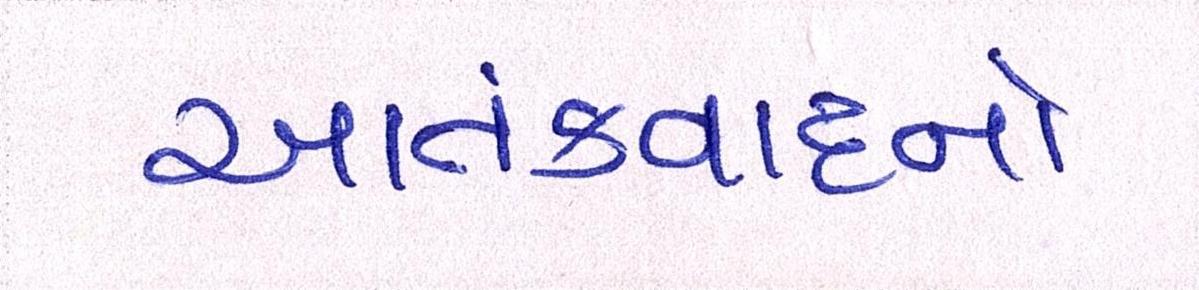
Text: આતંકવાદનો